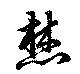
焚